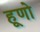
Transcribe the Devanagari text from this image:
हूणो